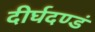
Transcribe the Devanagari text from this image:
दीर्घदण्डं